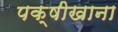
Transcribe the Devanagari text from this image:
पक्षीखाना